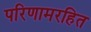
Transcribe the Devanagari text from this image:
परिणामरहित